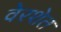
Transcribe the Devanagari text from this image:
वेरशेत